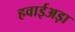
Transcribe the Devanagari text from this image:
हवाईअड़ा